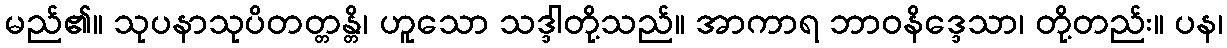
မည်၏။ သုပနာသုပိတတ္တန္တိ၊ ဟူသော သဒ္ဒါတို့သည်။ အာကာရ ဘာဝနိဒ္ဒေသာ၊ တို့တည်း။ ပန၊